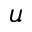
u